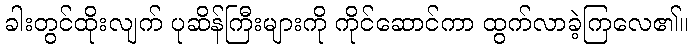
ခါးတွင်ထိုးလျက် ပုဆိန်ကြီးများကို ကိုင်ဆောင်ကာ ထွက်လာခဲ့ကြလေ၏။